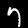
Label: 7